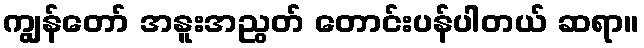
ကျွန်တော် အနူးအညွတ် တောင်းပန်ပါတယ် ဆရာ။